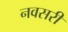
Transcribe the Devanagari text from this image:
नवसरी